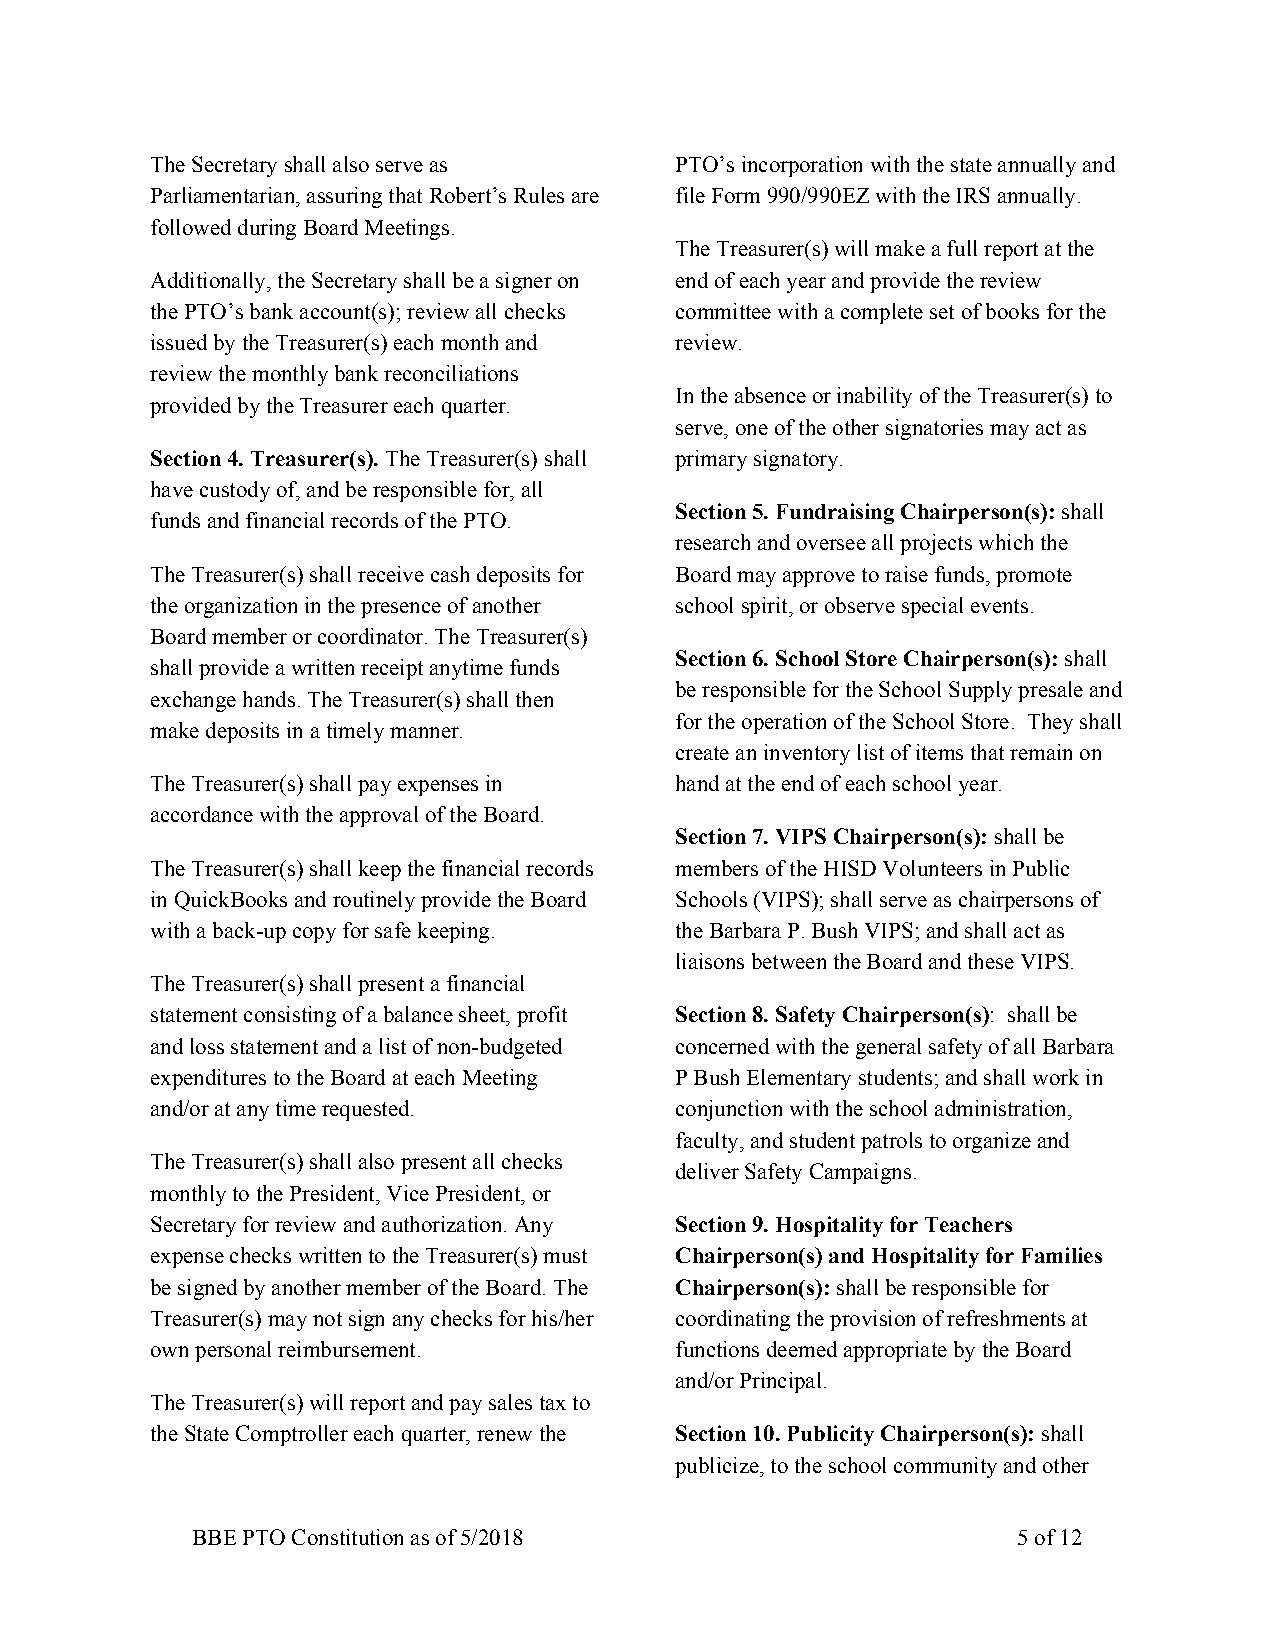
The Secretary shall also serve as  PTO’s incorporation with the state annually and
 Parliamentarian, assuring that Robert’s Rules are file Form 990/990EZ with the IRS annually.
 followed during Board Meetings.
 The Treasurer(s) will make a full report at the
 Additionally, the Secretary shall be a signer on end of each year and provide the review
 the PTO’s bank account(s); review all checks committee with a complete set of books for the
 issued by the Treasurer(s) each month and review.
 review the monthly bank reconciliations
 In the absence or inability of the Treasurer(s) to
 provided by the Treasurer each quarter.
 serve, one of the other signatories may act as
 Section 4. Treasurer(s). The Treasurer(s) shall primary signatory.
 ​
 have custody of, and be responsible for, all
 Section 5. Fundraising Chairperson(s): shall
 funds and financial records of the PTO.                     ​
 research and oversee all projects which the
 The Treasurer(s) shall receive cash deposits for Board may approve to raise funds, promote
 the organization in the presence of another school spirit, or observe special events.
 Board member or coordinator. The Treasurer(s)
 Section 6. School Store Chairperson(s): shall
 shall provide a written receipt anytime funds               ​
 be responsible for the School Supply presale and
 exchange hands. The Treasurer(s) shall then
 for the operation of the School Store. They shall
 make deposits in a timely manner.
 create an inventory list of items that remain on
 The Treasurer(s) shall pay expenses in hand at the end of each school year.
 accordance with the approval of the Board.
 Section 7. VIPS Chairperson(s): shall be
 ​
 The Treasurer(s) shall keep the financial records members of the HISD Volunteers in Public
 in QuickBooks and routinely provide the Board Schools (VIPS); shall serve as chairpersons of
 with a back-up copy for safe keeping. the Barbara P. Bush VIPS; and shall act as
 liaisons between the Board and these VIPS.
 The Treasurer(s) shall present a financial
 statement consisting of a balance sheet, profit Section 8. Safety Chairperson(s): shall be
 ​
 and loss statement and a list of non-budgeted concerned with the general safety of all Barbara
 expenditures to the Board at each Meeting P Bush Elementary students; and shall work in
 and/or at any time requested.      conjunction with the school administration,
 faculty, and student patrols to organize and
 The Treasurer(s) shall also present all checks
 deliver Safety Campaigns.
 monthly to the President, Vice President, or
 Secretary for review and authorization. Any Section 9. Hospitality for Teachers
 expense checks written to the Treasurer(s) must Chairperson(s) and Hospitality for Families
 be signed by another member of the Board. The Chairperson(s): shall be responsible for
 ​
 Treasurer(s) may not sign any checks for his/her coordinating the provision of refreshments at
 own personal reimbursement.        functions deemed appropriate by the Board
 and/or Principal.
 The Treasurer(s) will report and pay sales tax to
 the State Comptroller each quarter, renew the Section 10. Publicity Chairperson(s): shall
 ​
 publicize, to the school community and other
 BBE PTO Constitution as of 5/2018                     5 of 12